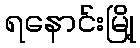
ရနောင်းမြို့